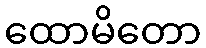
ထောမိတော